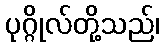
ပုဂ္ဂိုလ်တို့သည်၊